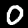
Digit: 0